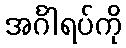
အင်္ဂါရပ်ကို